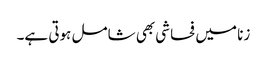
زنا میں فحاشی بھی شامل ہوتی ہے۔